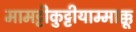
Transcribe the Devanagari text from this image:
मामट्टीकुट्टीयाम्माक्कू